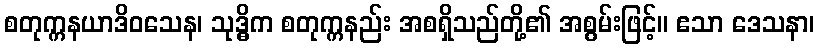
စတုက္ကနယာဒိဝသေန၊ သုဒ္ဓိက စတုက္ကနည်း အစရှိသည်တို့၏ အစွမ်းဖြင့်။ ဧသာ ဒေသနာ၊